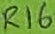
Text: R16